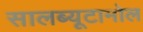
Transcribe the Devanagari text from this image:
सालब्यूटामोल